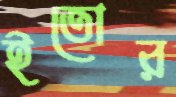
ইতোর